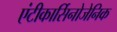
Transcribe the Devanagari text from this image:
एंटीकार्सिनोजेनिक